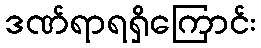
ဒဏ်ရာရရှိကြောင်း